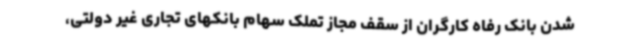
شدن بانک رفاه کارگران از سقف مجاز تملک سهام بانکهای تجاری غیر دولتی،